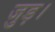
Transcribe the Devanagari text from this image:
जुड़।